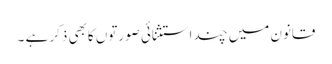
قانون میں چند استثنائی صورتوں کابھی ذکر ہے ۔